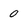
Character: 0